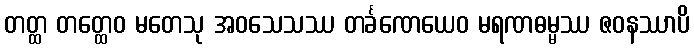
တတ္ထ တတ္ထေဝ မတေသု အဝသေသဿ တင်္ခဏေယေဝ မရဏဓမ္မဿ ဇဝနဿာပိ